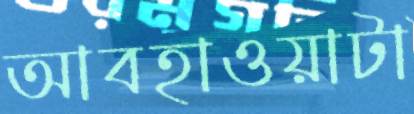
আবহাওয়াটা